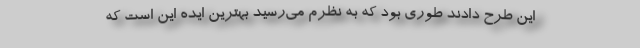
این طرح دادند طوری بود که به نظرم می‌رسید بهترین ایده این است که